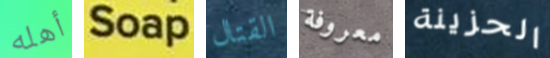
أهله Soap القتال معروفة الحزينة